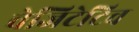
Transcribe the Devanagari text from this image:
वेजिटेटिव